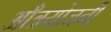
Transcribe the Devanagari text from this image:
आँत्रयोजनी